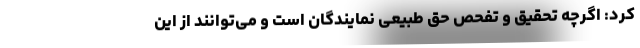
کرد:‌ اگرچه تحقیق و تفحص حق طبیعی نمایندگان است و می‌توانند از این